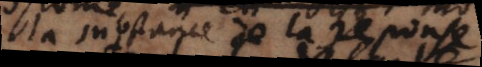
la substance de la reponse